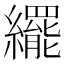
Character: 𬘊